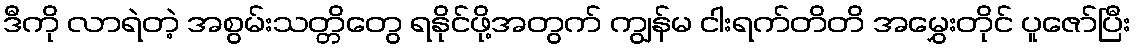
ဒီကို လာရဲတဲ့ အစွမ်းသတ္တိတွေ ရနိုင်ဖို့အတွက် ကျွန်မ ငါးရက်တိတိ အမွှေးတိုင် ပူဇော်ပြီး